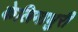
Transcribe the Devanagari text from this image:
केलिमाधुरी